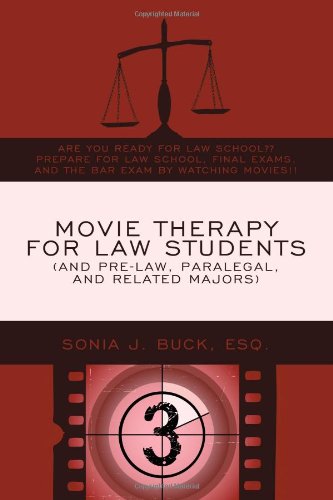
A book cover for Movie Therapy for Law Students (And Pre-Law, Paralegal, and Related Majors): Are You Ready For Law School?? Prepare For Law School, Final Exams, and the Bar Exam by Watching Movies!!; Esq. Sonia J. Buck; Test Preparation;